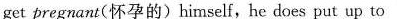
get pregnant(怀孕的)himself,he does put up to